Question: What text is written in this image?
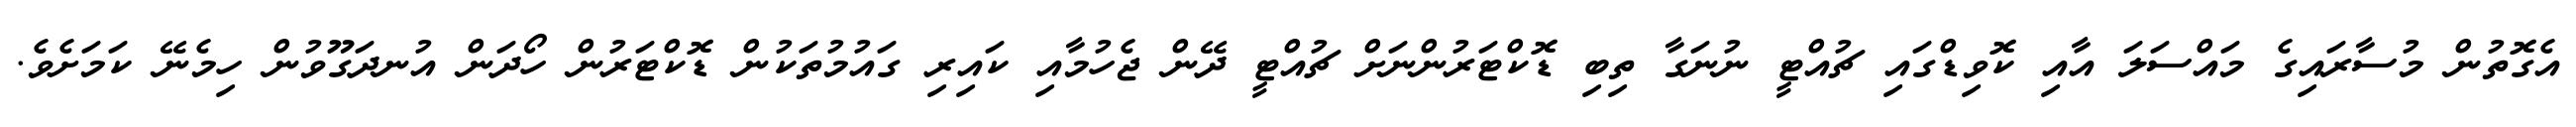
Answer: އެގޮތުން މުސާރައިގެ މައްސަލަ އާއި ކޮވިޑްގައި ޗުއްޓީ ނުނަގާ ތިބި ޑޮކްޓަރުންނަށް ޗުއްޓީ ދޭން ޖެހުމާއި ކައިރި ގައުމުތަކުން ޑޮކްޓަރުން ހޯދަން އުނދަގޫވުން ހިމެނޭ ކަމަށެވެ.